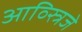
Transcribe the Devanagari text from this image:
आव्स्त्रिजे